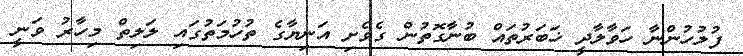
ފުލުހުންނާ ހަވާލާދީ ޚަބަރުތައް ބުނާގޮތުން ގެވެށި އަނިޔާގެ ތުހުމަތުގައި ލަލިތް މިހާރު ވަނީ